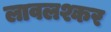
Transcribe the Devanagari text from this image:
लावलश्कर